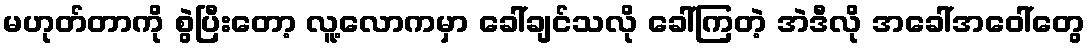
မဟုတ်တာကို စွဲပြီးတော့ လူ့လောကမှာ ခေါ်ချင်သလို ခေါ်ကြတဲ့ အဲဒီလို အခေါ်အဝေါ်တွေ